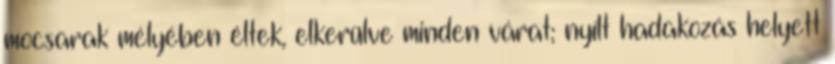
mocsarak mélyében éltek, elkerülve minden várat; nyílt hadakozás helyett